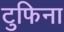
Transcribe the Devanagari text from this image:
टुफिना